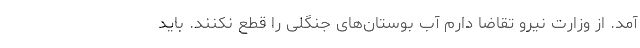
آمد. از وزارت نیرو تقاضا دارم آب بوستان‌های جنگلی را قطع نکنند. باید